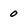
Character: 0